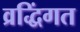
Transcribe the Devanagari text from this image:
व्रद्धिंगत